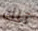
تلك